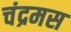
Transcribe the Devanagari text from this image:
चंद्रमस